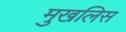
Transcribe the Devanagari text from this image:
मुखलिस